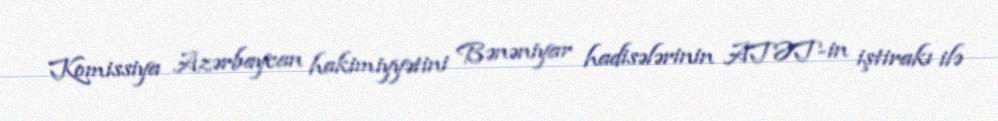
Komissiya Azərbaycan hakimiyyətini Bənəniyar hadisələrinin ATƏT-in iştirakı ilə